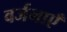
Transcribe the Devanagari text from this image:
वर्जनाएँ